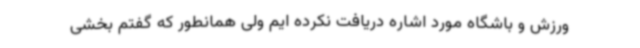
ورزش و باشگاه مورد اشاره دریافت نکرده ایم ولی همانطور که گفتم بخشی